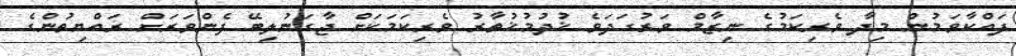
ފައްކާވަމުން މިދާ ވެރިކަމުގެ ނިޒާމް ވަރުގަދަވެ ޚުދުމުޚުތާރު ވެރިކަމަކަށް ޖާގަނުލިބޭ ފެންވަރަށް ރައްޔިތުންގެ